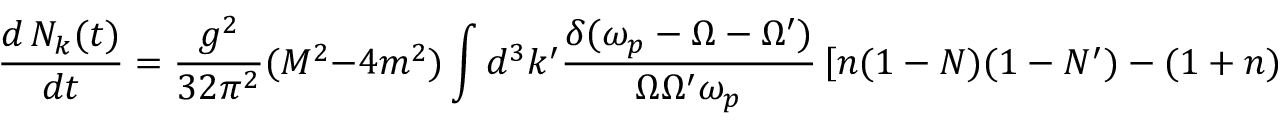
\frac { d \, N _ { k } ( t ) } { d t } = \frac { g ^ { 2 } } { 3 2 \pi ^ { 2 } } ( M ^ { 2 } - 4 m ^ { 2 } ) \int d ^ { 3 } k ^ { \prime } \frac { \delta ( \omega _ { p } - \Omega - \Omega ^ { \prime } ) } { \Omega \Omega ^ { \prime } \omega _ { p } } \left[ n ( 1 - N ) ( 1 - N ^ { \prime } ) - ( 1 + n ) N N ^ { \prime } \right] \, .